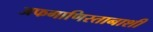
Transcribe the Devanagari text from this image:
अफगाणिस्तानाशी